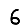
Digit: 6